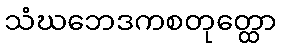
သံဃဘေဒကစတုတ္ထော